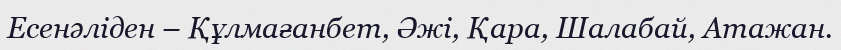
Есенәліден – Құлмағанбет, Әжі, Қара, Шалабай, Атажан.